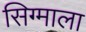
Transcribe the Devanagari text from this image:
सिग्माला